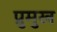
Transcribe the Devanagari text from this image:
प्रुमुख